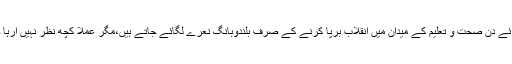
آئے دن صحت و تعلیم کے میدان میں انقلاب برپا کرنے کے صرف بلندوبانگ نعرے لگائے جاتے ہیں،مگر عملاً کچھ نظر نہیں آرہا ۔